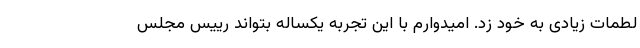
لطمات زیادی به خود زد. امیدوارم با این تجربه‌ یکساله بتواند رییس مجلس